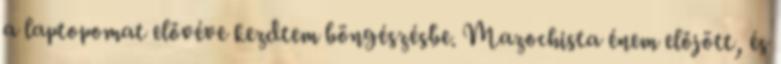
a laptopomat elővéve kezdtem böngészésbe. Mazochista énem előjött, és